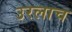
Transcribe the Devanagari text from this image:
उरलाच